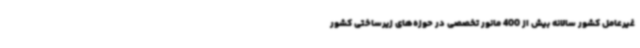
غیرعامل کشور سالانه بیش از 400 مانور تخصصی در حوزه‌های زیرساختی کشور